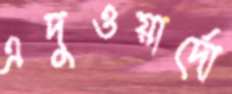
এদুওয়ার্দো